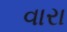
વારા